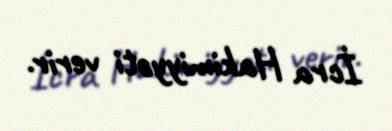
İcra Hakimiyyəti verir.